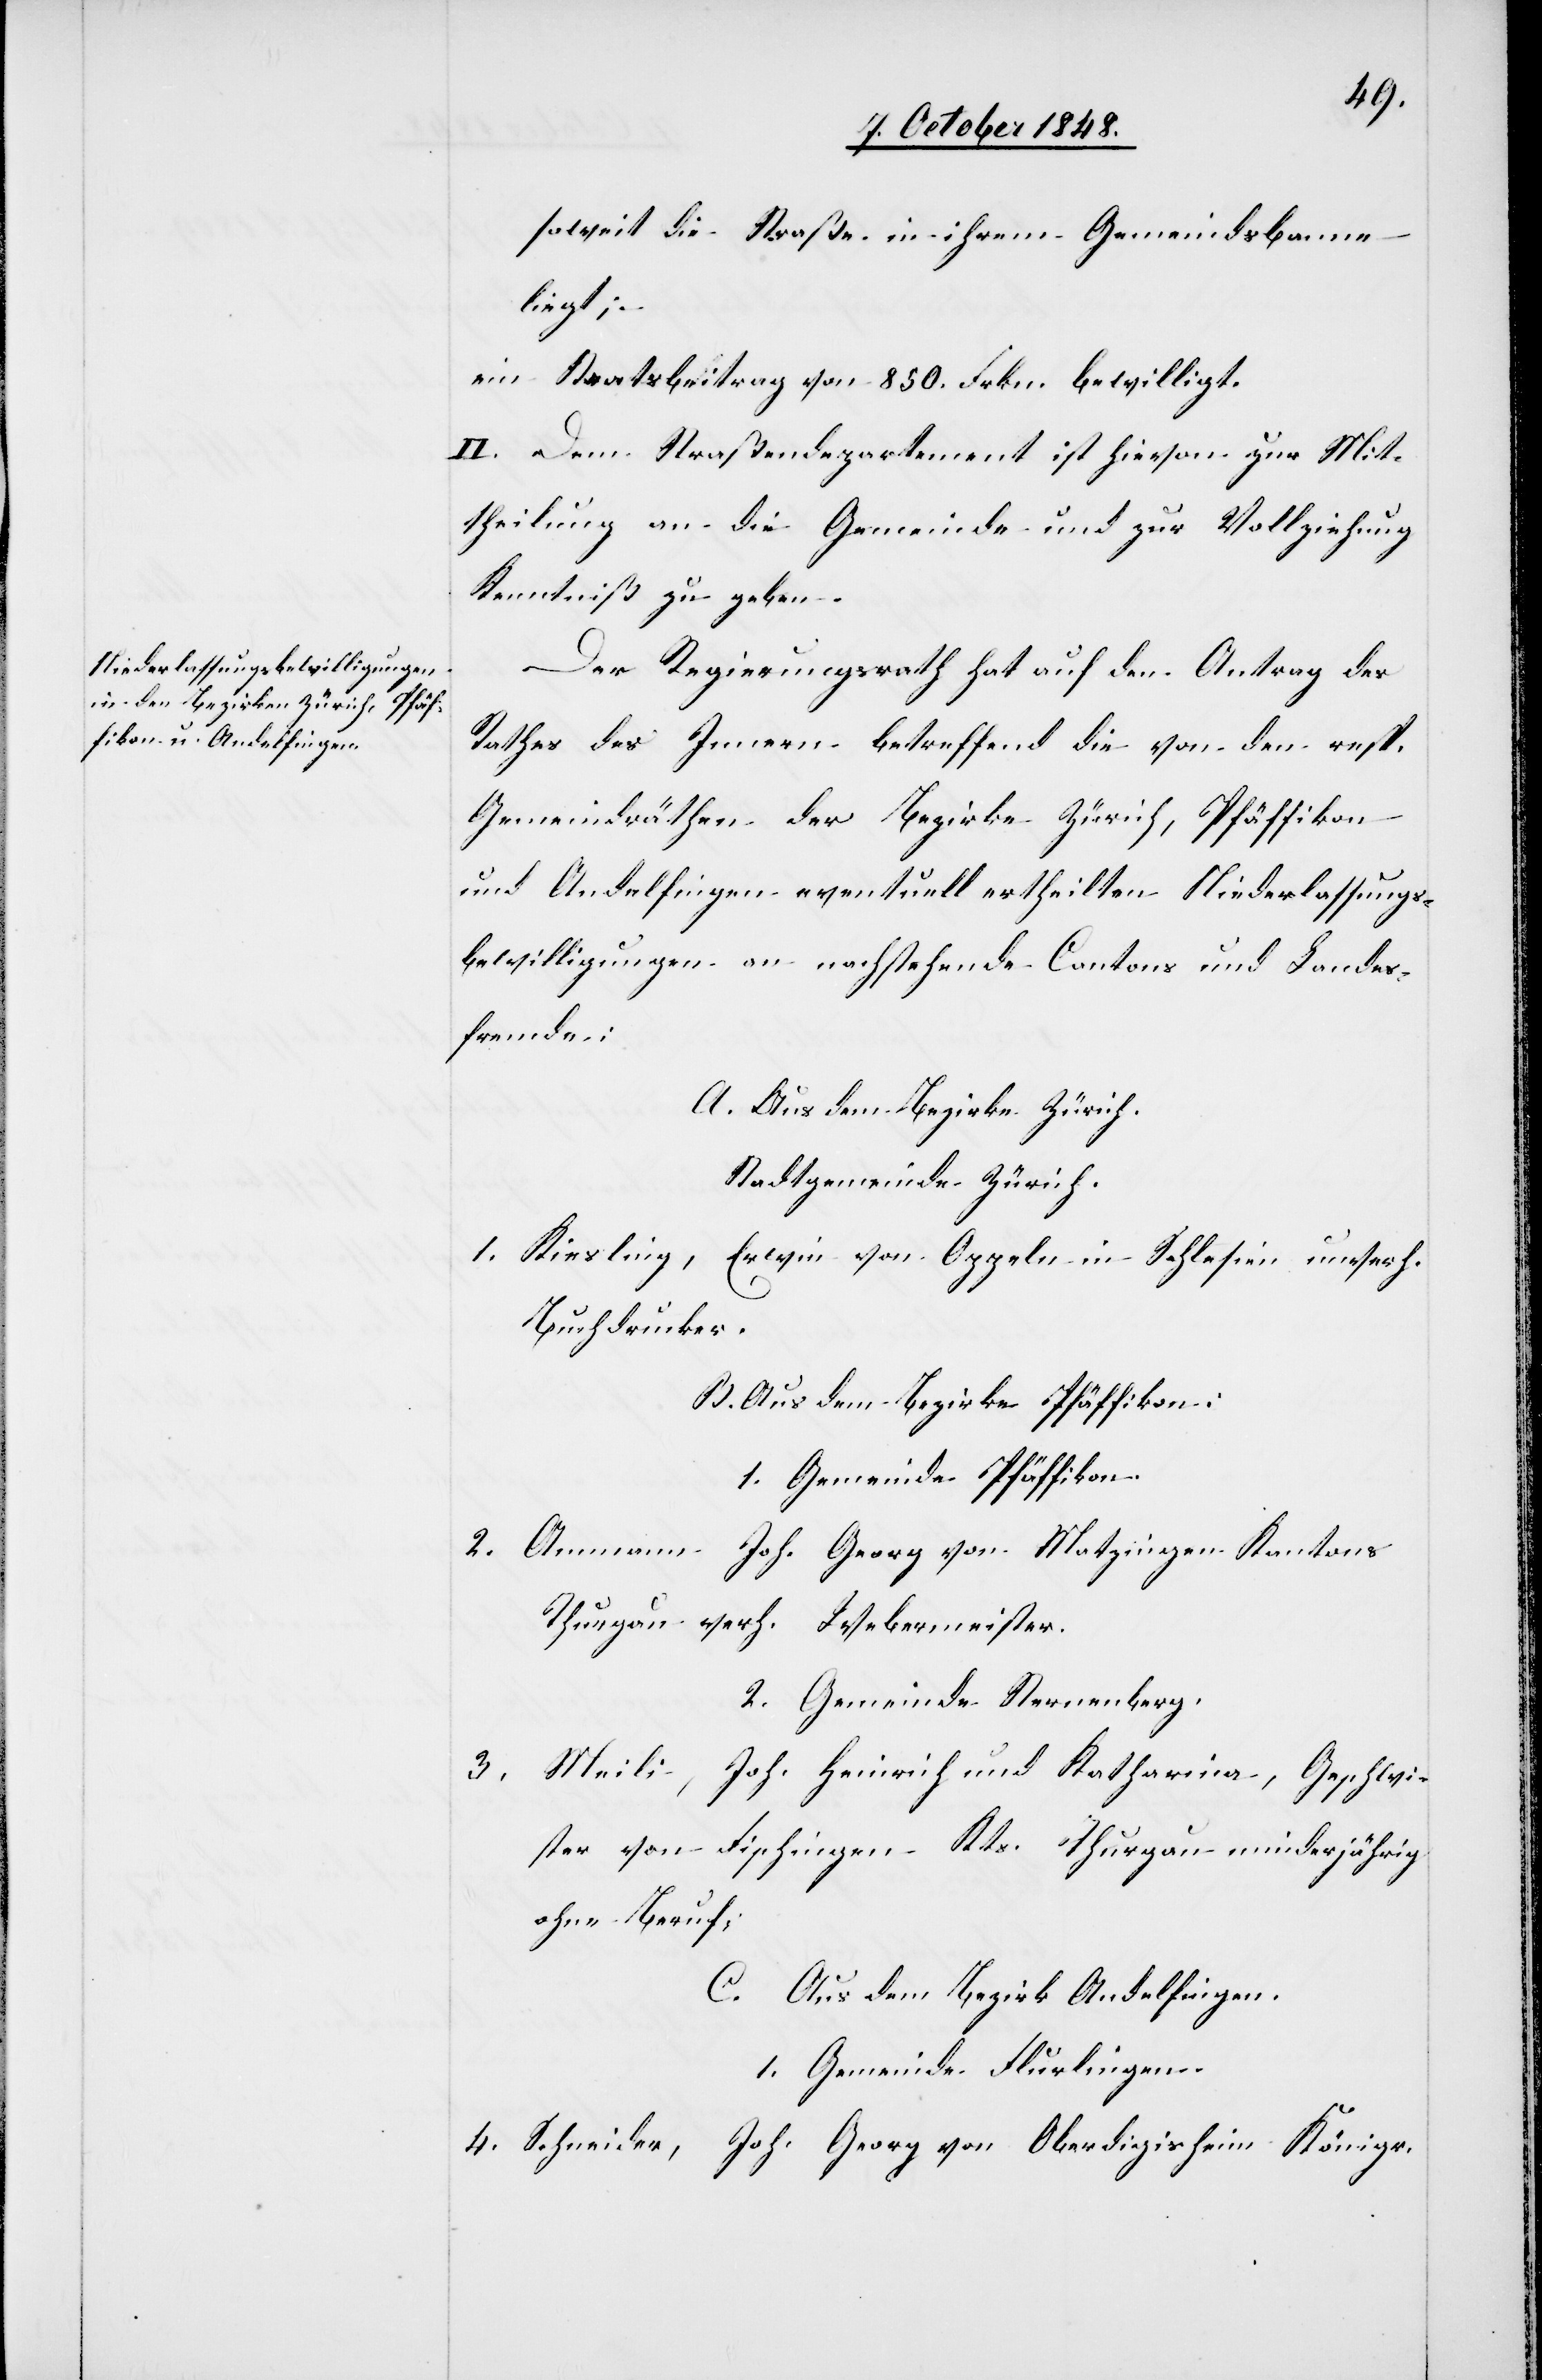
soweit die Straße in ihrem Gemeindsbanne
liegt;
ein Staatsbeitrag von 850. Frkn. bewilligt.
II. Dem Straßendepartement ist hievon zur Mit¬
theilung an die Gemeinde und zur Vollziehung
Kenntniß zu geben.
Der Regierungsrath hat auf den Antrag des
Rathes des Innern betreffend die von den resp.
Gemeindräthen der Bezirke Zürich, Pfäffikon
und Andelfingen eventuell ertheilten Niederlassungs¬
bewilligungen an nachstehende Cantons und Landes¬
fremde:
A. Aus dem Bezirke Zürich.
Stadtgemeinde Zürich.
1. Kiesling, Erwin von Appeln in Schlesien unverh.
Buchdrucker.
B. Aus dem Bezirke Pfäffikon.
1. Gemeinde Pfäffikon.
2. Ammann Joh. Georg von Matzingen Kantons
Thurgau verh. Webermeister.
2. Gemeinde Sternenberg.
3. Meili, Joh. Heinrich und Katharina, Geschwi¬
ster von Fischingen Kts. Thurgau minderjährig
ohne Beruf.
C. Aus dem Bezirke Andelfingen.
1. Gemeinde Flurlingen.
4. Schneider, Joh. Georg von Oberdigisheim Königr.